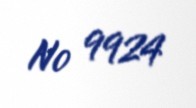
№ 9924